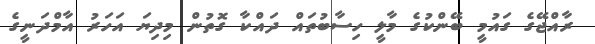
ރާއްޖޭގެ ގައުމީ ބޭންކުގެ މާލީ ހިސާބުތައް ދައްކާ ގޮތުން މިދިޔަ އަހަރު އާމްދަނީގެ